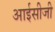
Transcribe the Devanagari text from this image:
आईसीजी